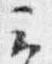
云